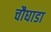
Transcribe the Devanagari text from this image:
चौघाडा